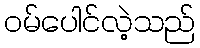
ဝမ်ပေါင်လဲ့သည်